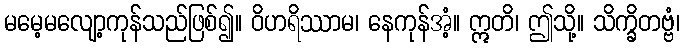
မမေ့မလျော့ကုန်သည်ဖြစ်၍။ ဝိဟရိဿာမ၊ နေကုန်အံ့။ ဣတိ၊ ဤသို့။ သိက္ခိတဗ္ဗံ၊